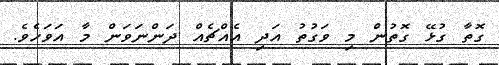
ގޮތާ ގުޅޭ ގޮތުން މި ވަގުތު އަދި އެއްޗެއް ދަންނަވަން މާ އަވަހެވެ.